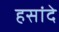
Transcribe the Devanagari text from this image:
हसांदे